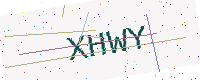
Text: XHWY